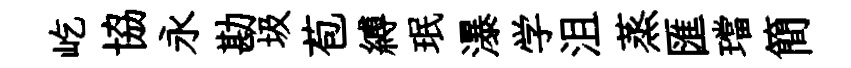
屹協永勘圾苞縛珉瀑学沮蒸匯璫簡